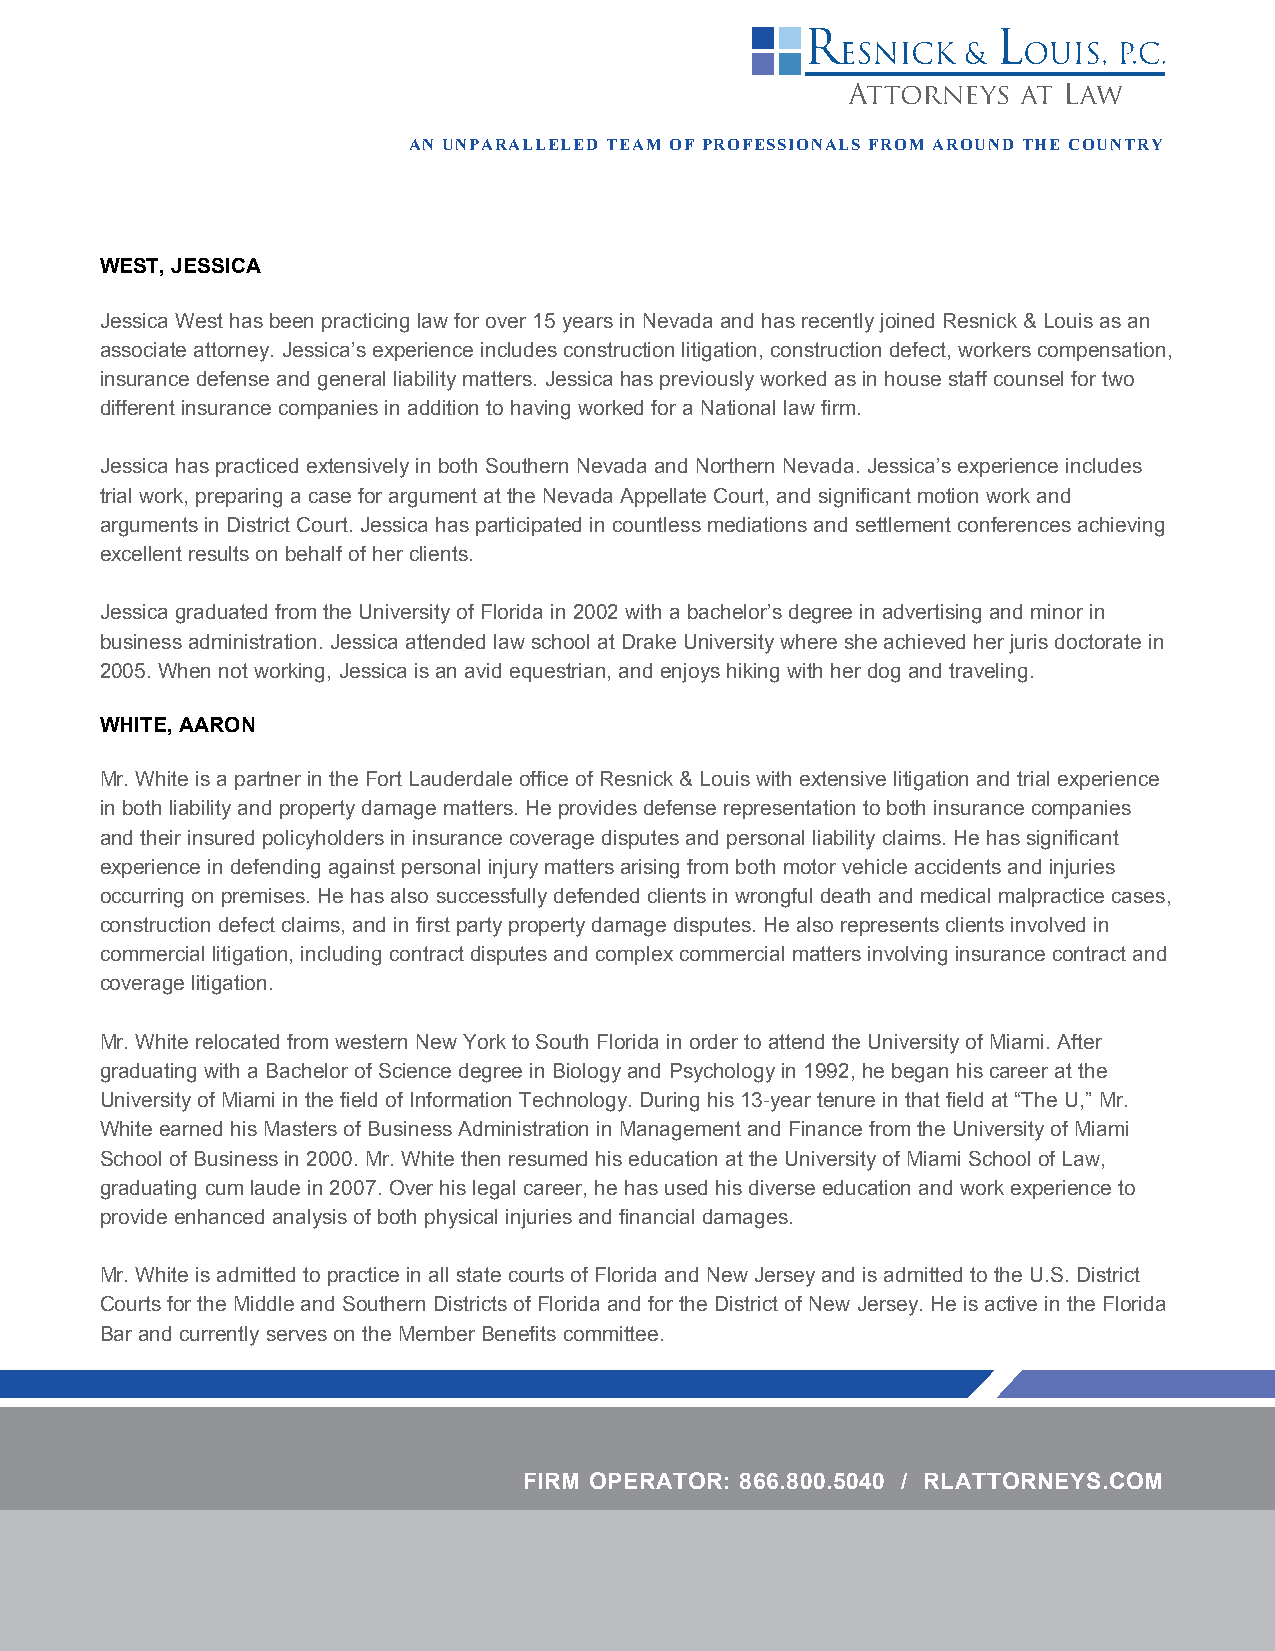
AN UNPARALLELED TEAM OF PROFESSIONALS FROM AROUND THE COUNTRY
 WEST, JESSICA
 Jessica West has been practicing law for over 15 years in Nevada and has recently joined Resnick & Louis as an
 associate attorney. Jessica’s experience includes construction litigation, construction defect, workers compensation,
 insurance defense and general liability matters. Jessica has previously worked as in house staff counsel for two
 different insurance companies in addition to having worked for a National law firm.
 Jessica has practiced extensively in both Southern Nevada and Northern Nevada. Jessica’s experience includes
 trial work, preparing a case for argument at the Nevada Appellate Court, and significant motion work and
 arguments in District Court. Jessica has participated in countless mediations and settlement conferences achieving
 excellent results on behalf of her clients.
 Jessica graduated from the University of Florida in 2002 with a bachelor’s degree in advertising and minor in
 business administration. Jessica attended law school at Drake University where she achieved her juris doctorate in
 2005. When not working, Jessica is an avid equestrian, and enjoys hiking with her dog and traveling.
 WHITE, AARON
 Mr. White is a partner in the Fort Lauderdale office of Resnick & Louis with extensive litigation and trial experience
 in both liability and property damage matters. He provides defense representation to both insurance companies
 and their insured policyholders in insurance coverage disputes and personal liability claims. He has significant
 experience in defending against personal injury matters arising from both motor vehicle accidents and injuries
 occurring on premises. He has also successfully defended clients in wrongful death and medical malpractice cases,
 construction defect claims, and in first party property damage disputes. He also represents clients involved in
 commercial litigation, including contract disputes and complex commercial matters involving insurance contract and
 coverage litigation.
 Mr. White relocated from western New York to South Florida in order to attend the University of Miami. After
 graduating with a Bachelor of Science degree in Biology and Psychology in 1992, he began his career at the
 University of Miami in the field of Information Technology. During his 13-year tenure in that field at “The U,” Mr.
 White earned his Masters of Business Administration in Management and Finance from the University of Miami
 School of Business in 2000. Mr. White then resumed his education at the University of Miami School of Law,
 graduating cum laude in 2007. Over his legal career, he has used his diverse education and work experience to
 provide enhanced analysis of both physical injuries and financial damages.
 Mr. White is admitted to practice in all state courts of Florida and New Jersey and is admitted to the U.S. District
 Courts for the Middle and Southern Districts of Florida and for the District of New Jersey. He is active in the Florida
 Bar and currently serves on the Member Benefits committee.
 FIRM OPERATOR: 866.800.5040 / RLATTORNEYS.COM